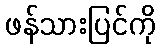
ဖန်သားပြင်ကို